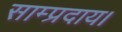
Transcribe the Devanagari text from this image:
साम्प्रदाय।